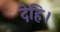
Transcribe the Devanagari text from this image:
देहि।